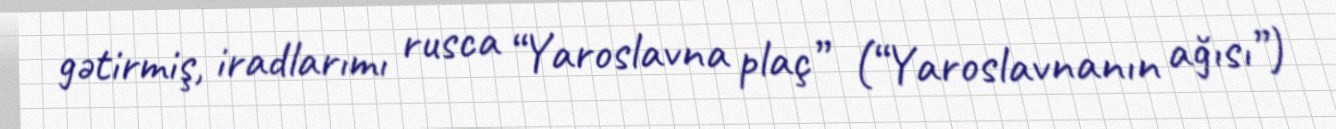
gətirmiş, iradlarımı rusca “Yaroslavna plaç” (“Yaroslavnanın ağısı”)